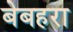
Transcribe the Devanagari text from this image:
बेबहरा